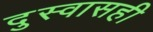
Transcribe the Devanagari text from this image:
दुस्वासही